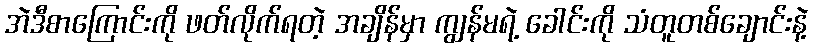
အဲဒီစာကြောင်းကို ဖတ်လိုက်ရတဲ့ အချိန်မှာ ကျွန်မရဲ့ ခေါင်းကို သံတူတစ်ချောင်းနဲ့